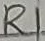
Text: R1